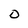
Character: 0